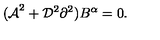
{ ( \cal A } ^ { 2 } + { \cal D } ^ { 2 } \partial ^ { 2 } ) B ^ { \alpha } = 0 .